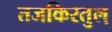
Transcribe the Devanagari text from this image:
तजकिरतुल्